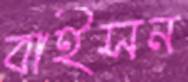
বাইসন